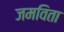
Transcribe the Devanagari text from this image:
जमविता